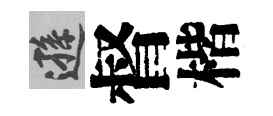
遜督楷